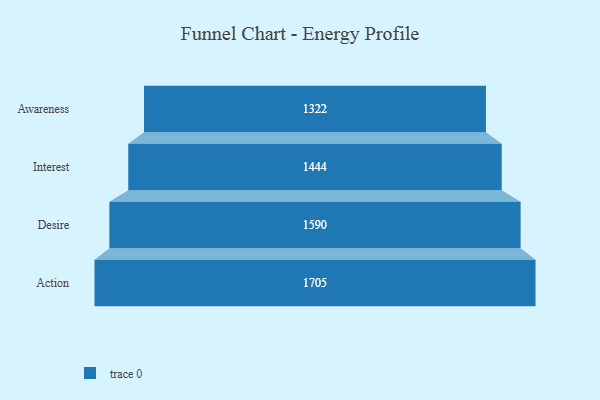
{"axis": {"x": "Stage", "y": "Value"}, "legend": [""], "data": [{"x": "Awareness", "y": 1322.0, "type": ""}, {"x": "Interest", "y": 1444.0, "type": ""}, {"x": "Desire", "y": 1590.0, "type": ""}, {"x": "Action", "y": 1705.0, "type": ""}]}